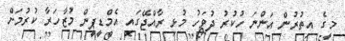
މީގެ އިތުރުން އަންނަ ހުކުރު ދުވަހު މުޅި ރާއްޖޭގައި އެމްޑީޕީން މުޒާހަރާ ކުރުމަށް